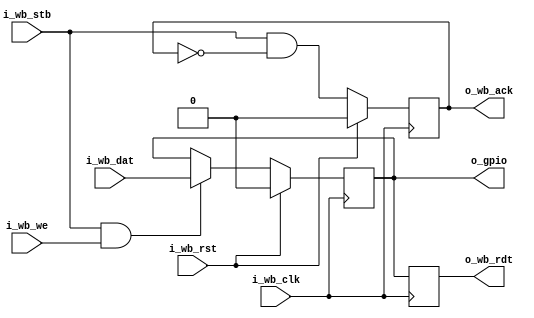
// This program was cloned from: https://github.com/olofk/subservient
// License: Apache License 2.0

/*
 * subservient_gpio.v : Single-bit GPIO for the subservient SoC
 *
 * SPDX-FileCopyrightText: 2021 Olof Kindgren <olof.kindgren@gmail.com>
 * SPDX-License-Identifier: Apache-2.0
 */

module subservient_gpio
  (input wire i_wb_clk,
   input wire i_wb_rst,
   input wire i_wb_dat,
   input wire i_wb_we,
   input wire i_wb_stb,
   output reg o_wb_rdt,
   output reg o_wb_ack,
   output reg o_gpio);

   always @(posedge i_wb_clk) begin
      o_wb_rdt <= o_gpio;
      if (i_wb_stb & i_wb_we)
	o_gpio <= i_wb_dat;
      o_wb_ack <= i_wb_stb & !o_wb_ack;

      if (i_wb_rst) begin
	 o_wb_ack <= 1'b0;
	 o_gpio   <= 1'b0;
      end
   end
endmodule